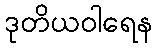
ဒုတိယဝါရေန